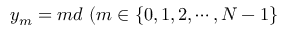
y _ { m } = m d ~ ( m \in \{ 0 , 1 , 2 , \cdots , N - 1 \}